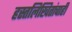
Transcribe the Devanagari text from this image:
हस्तलिखितांचाही